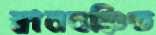
স্নানবঞ্চিত